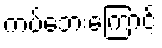
ကပ်ဘေးကြောင့်